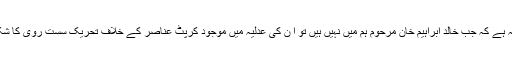
یہی وجہ ہے کہ جب خالد ابراہیم خان مرحوم ہم میں نہیں ہیں تو اُ ن کی عدلیہ میں موجود کرپٹ عناصر کے خلاف تحریک سست روی کا شکار ہے۔